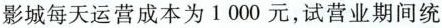
影城每天运营成本为1000元，试营业期间统